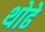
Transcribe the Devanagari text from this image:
थोढे